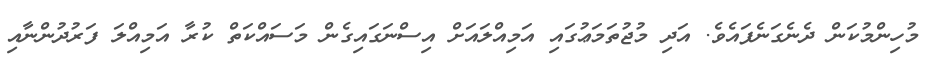
މުހިންމުކަން ދެނެގަނެފައެވެ. އަދި މުޖުތަމަޢުގައި އަމިއްލައަށް އިސްނަގައިގެން މަސައްކަތް ކުރާ އަމިއްލަ ފަރުދުންނާއި